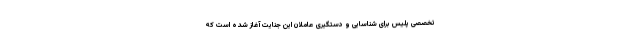
تخصصی پلیس برای شناسایی و دستگیری عاملان این جنایت آغاز شده است که